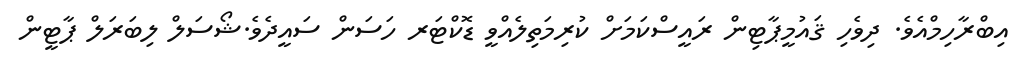
އިބްރާހިމްއެވެ. ދިވެހި ޤައުމީޕާޓިން ރައީސްކަމަށް ކުރިމަތިލެއްވީ ޑޮކްޓަރ ހަސަން ސައީދެވެ.ޝޯސަލް ލިބަރަލް ޕާޓީން